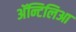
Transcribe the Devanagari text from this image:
अॅन्टिलिआ